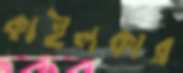
কাইলকার